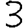
Digit: 3